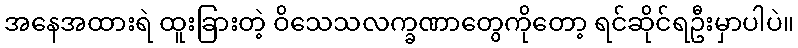
အနေအထားရဲ ထူးခြားတဲ့ ဝိသေသလက္ခဏာတွေကိုတော့ ရင်ဆိုင်ရဦးမှာပါပဲ။